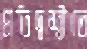
প্রতিদ্বন্দ্বীতে